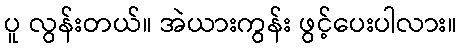
ပူ လွန်းတယ်။ အဲယားကွန်း ဖွင့်ပေးပါလား။